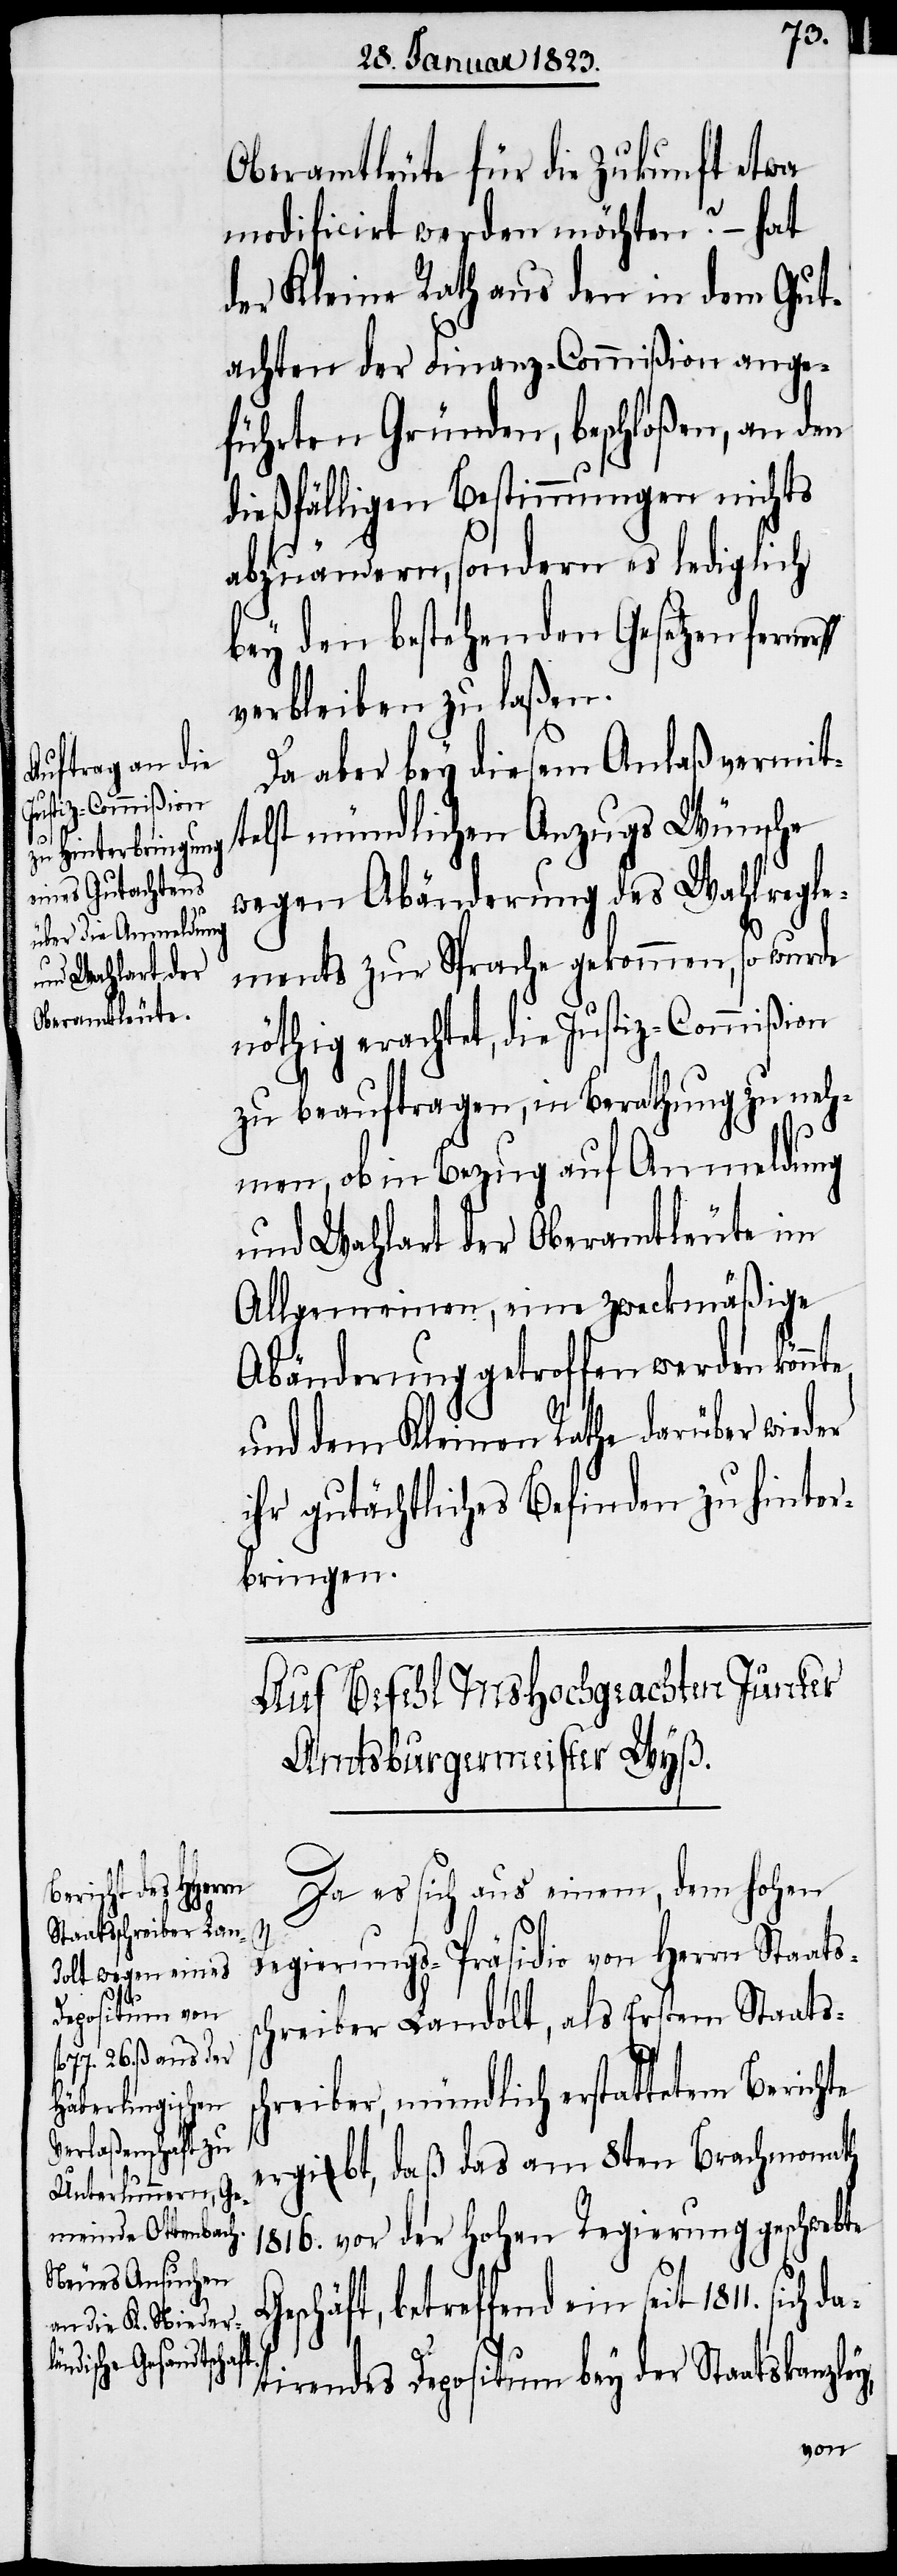
te

Oberamtleute für die Zukunft etwa
modificirt werden möchten? – hat
der Kleine Rath aus den in dem Gut¬
achten der Finanz-Commißion ange¬
führten Gründen, beschloßen, an den
dießfälligen Bestimmungen nichts
abzuändern, sondern es lediglich
bey den bestehenden Gesetzen ferne¬
verbleiben zu laßen.
Da aber bey diesem Anlaß vermit¬
telst mündlichen Auszugs Wünsche
wegen Abänderung des Wahlregle¬
ments zur Sprache gekommen, so wurde
nöthig erachtet, die Justiz-Commißion
zu beauftragen, in Berathung zu neh¬
y,
men, ob in Bezug auf Anmeldung
und Wahlart der Oberamtleute im
Allgemeinen, eine zweckmäßige
Abänderung getroffen werden könn¬
und dem Kleinen Rathe darüber wieder
ihr gutächtliches Befinden zu hinter¬
bringen.
Auf Befehl MsHochgeachten Junker
Amtsburgermeister Wyß.
Da es sich aus einem, dem hohen
Regierungs-Präsidio von Herrn Staats¬
chreiber Landolt, als Erstem Staats¬
schreiber, mündlich erstattetem Berichte
ergibt, daß das am 8ten Brachmonath
1816. vor der Hohen Regierung geschwebte
Geschäft, betreffend ein seit 1811.
atirendes Depositum bey der Staatskanzle¬